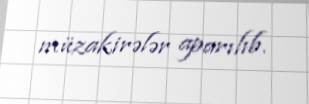
müzakirələr aparılıb.